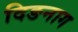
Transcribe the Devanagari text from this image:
दिङनाग